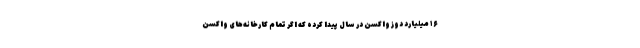
۱۶ میلیارد دوز واکسن در سال پیدا کرده که اگر تمام کارخانه‌های واکسن